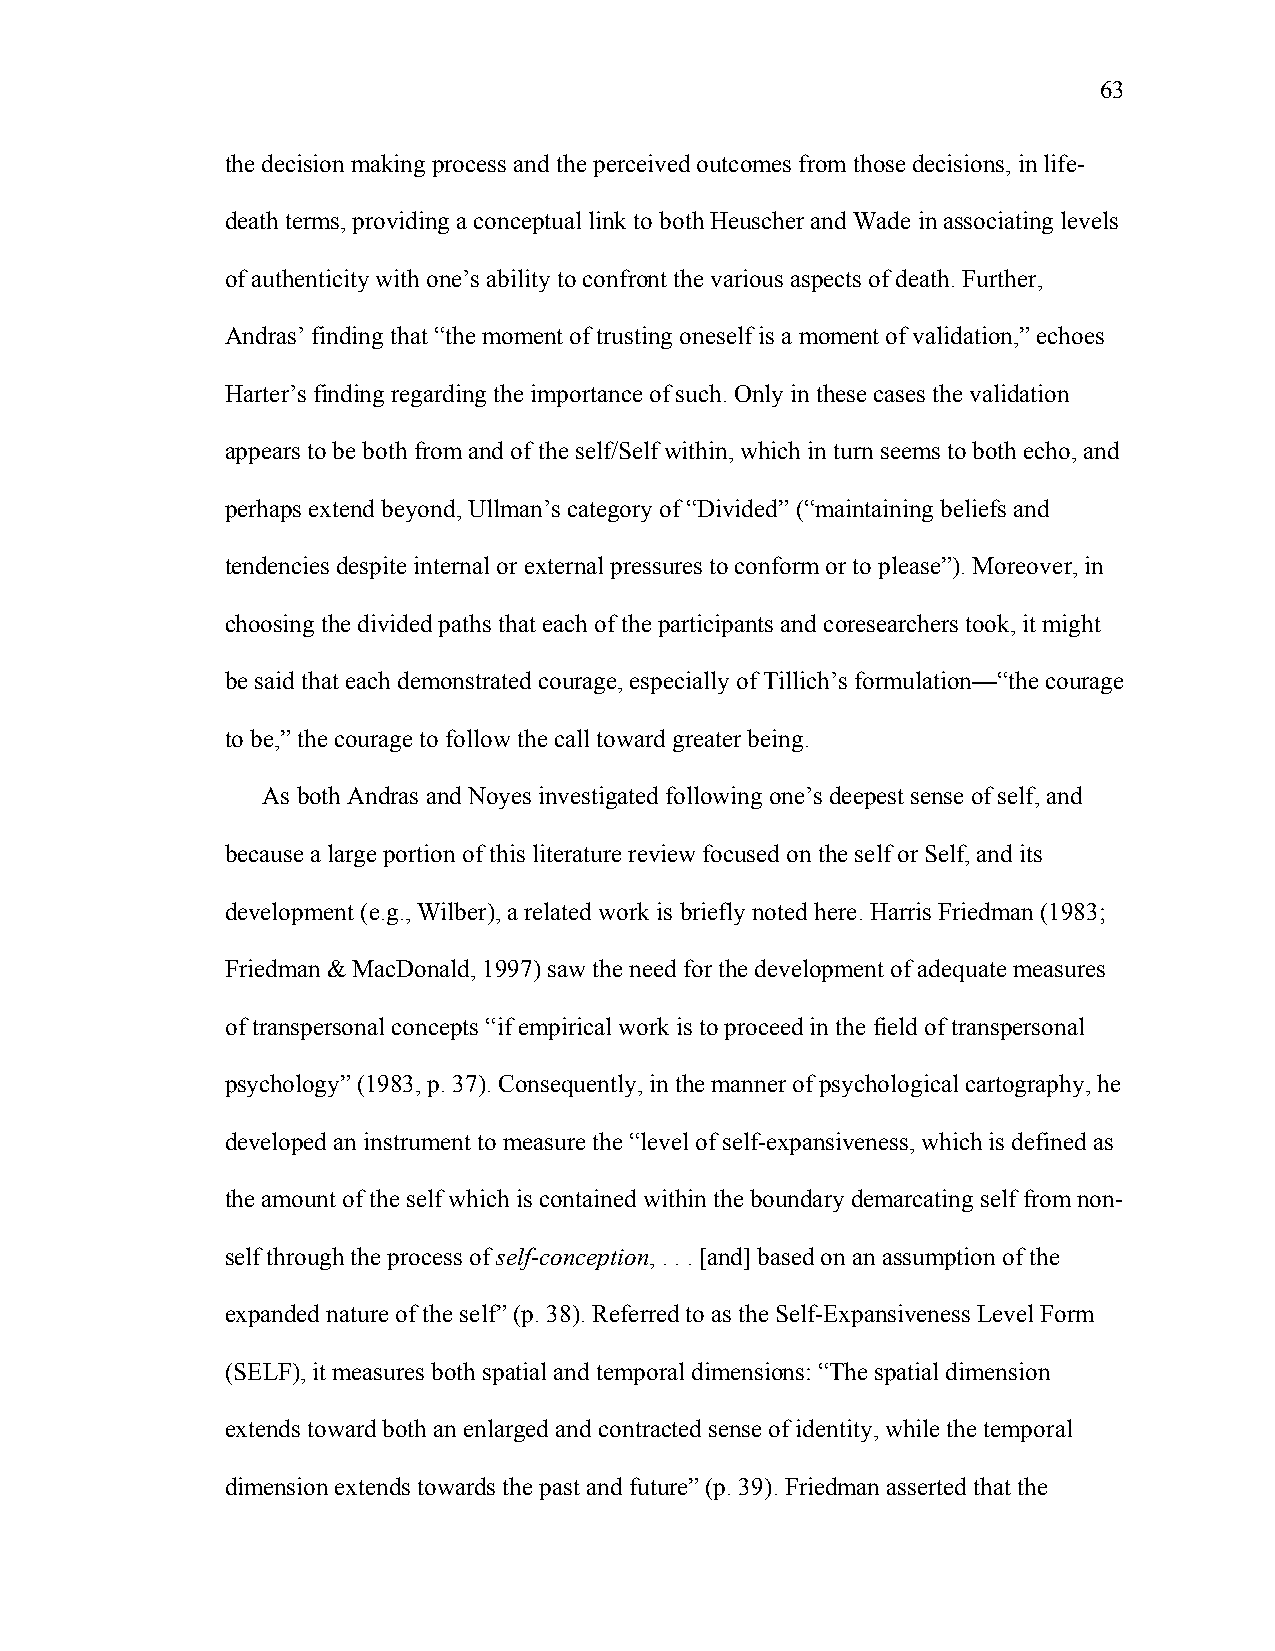
63
 the decision making process and the perceived outcomes from those decisions, in life-
 death terms, providing a conceptual link to both Heuscher and Wade in associating levels
 of authenticity with one’s ability to confront the various aspects of death. Further,
 Andras’ finding that “the moment of trusting oneself is a moment of validation,” echoes
 Harter’s finding regarding the importance of such. Only in these cases the validation
 appears to be both from and of the self/Self within, which in turn seems to both echo, and
 perhaps extend beyond, Ullman’s category of “Divided” (“maintaining beliefs and
 tendencies despite internal or external pressures to conform or to please”). Moreover, in
 choosing the divided paths that each of the participants and coresearchers took, it might
 be said that each demonstrated courage, especially of Tillich’s formulation—“the courage
 to be,” the courage to follow the call toward greater being.
 As both Andras and Noyes investigated following one’s deepest sense of self, and
 because a large portion of this literature review focused on the self or Self, and its
 development (e.g., Wilber), a related work is briefly noted here. Harris Friedman (1983;
 Friedman & MacDonald, 1997) saw the need for the development of adequate measures
 of transpersonal concepts “if empirical work is to proceed in the field of transpersonal
 psychology” (1983, p. 37). Consequently, in the manner of psychological cartography, he
 developed an instrument to measure the “level of self-expansiveness, which is defined as
 the amount of the self which is contained within the boundary demarcating self from non-
 self through the process of self-conception, . . . [and] based on an assumption of the
 expanded nature of the self” (p. 38). Referred to as the Self-Expansiveness Level Form
 (SELF), it measures both spatial and temporal dimensions: “The spatial dimension
 extends toward both an enlarged and contracted sense of identity, while the temporal
 dimension extends towards the past and future” (p. 39). Friedman asserted that the